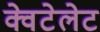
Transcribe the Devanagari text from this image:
क्वेटेलेट